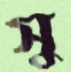
সু